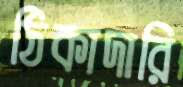
ঠিকাদারি